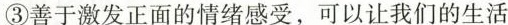
③善于激发正面的情绪感受，可以让我们的生活